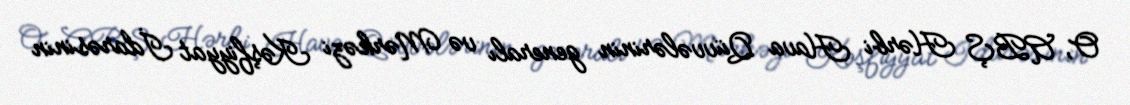
O, ABŞ Hərbi Hava Qüvvələrinin generalı və Mərkəzi Kəşfiyyat İdarəsinin